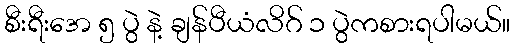
စီးရီးအေ ၅ ပွဲ နဲ့ ချန်ပီယံလိဂ် ၁ ပွဲကစားရပါမယ်။